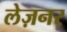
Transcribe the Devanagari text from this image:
लेज़नर